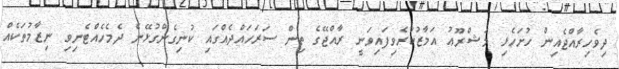
ދިވެހިރާއްޖެއިން ހުށަހެޅި މަޝްރޫޢު އަމާޒުކުރެވިފައިވަނީ ރާއްޖޭގެ ތިން ސަރަހައްދެއްގައި ކުނިގެންގުޅޭނެ ދެމެހެއްޓެނިވި ނިޒާމުތަކެއް